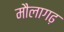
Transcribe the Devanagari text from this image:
मौलागढ़